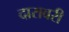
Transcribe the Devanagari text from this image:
दारावरी